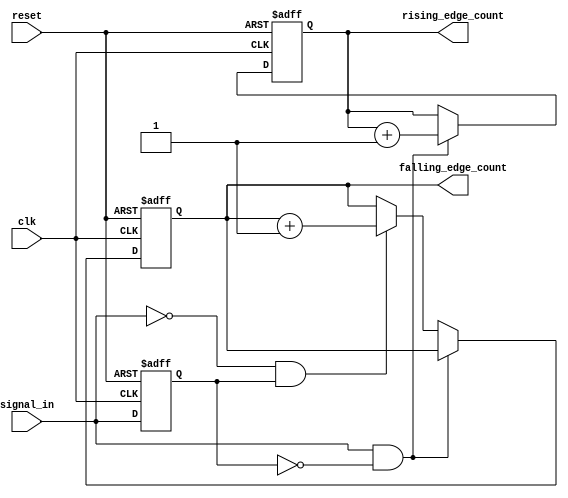
module edge_counter (
    input wire clk,               // Clock signal
    input wire reset,             // Reset signal
    input wire signal_in,         // Input signal to count edges
    output reg [31:0] rising_edge_count,   // Count of rising edges
    output reg [31:0] falling_edge_count   // Count of falling edges
);

    reg prev_signal;              // Previous state of signal_in

    // Synchronous process for edge detection and counting
    always @(posedge clk or posedge reset) begin
        if (reset) begin
            // Reset counts on reset signal
            rising_edge_count <= 32'b0;
            falling_edge_count <= 32'b0;
            prev_signal <= 1'b0;  // Initialize previous signal
        end else begin
            // Edge detection logic
            if (signal_in && !prev_signal) begin
                // Rising edge detected
                rising_edge_count <= rising_edge_count + 1;
            end else if (!signal_in && prev_signal) begin
                // Falling edge detected
                falling_edge_count <= falling_edge_count + 1;
            end
            
            // Update previous signal state
            prev_signal <= signal_in;
        end
    end

endmodule